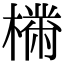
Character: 𣚠